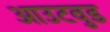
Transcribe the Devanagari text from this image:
आउटवुड